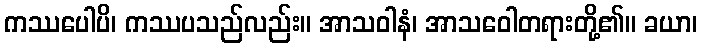
ကဿပေါပိ၊ ကဿပသည်လည်း။ အာသဝါနံ၊ အာသဝေါတရားတို့၏။ ခယာ၊